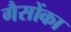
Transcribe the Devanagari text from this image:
गैसोंका